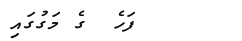
ފަހެ  ގެ މަގުގައި